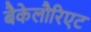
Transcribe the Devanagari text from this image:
बैकेलौरिएट